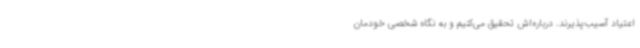
اعتیاد آسیب‌پذیرند. درباره‌اش تحقیق می‌کنیم و به نگاه شخصی خودمان